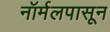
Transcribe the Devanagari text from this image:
नॉर्मलपासून